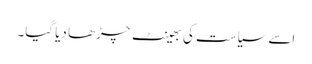
اسے سیاست کی بھینٹ چڑھا دیا گیا۔